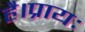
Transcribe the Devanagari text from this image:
है।प्रायः